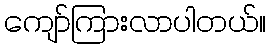
ကျော်ကြားလာပါတယ်။